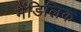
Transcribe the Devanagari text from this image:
मैंडिलिक